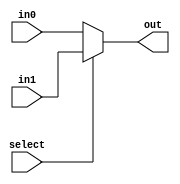
//mux_2_32bit
module mux_2_32bit(select, in0, in1, out);
	input select;
	input[31:0] in0, in1;
	output[31:0] out;
	assign out = select ? in1 : in0;
endmodule


//mux_2_1bit
module mux_2_1bit(select, in0, in1, out);
	input select;
	input in0, in1;
	output out;
	assign out = select ? in1 : in0;
endmodule